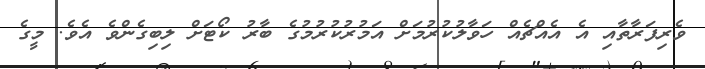
ވެރިފަރާތާއި އެ އެއްޗެއް ހަވާލުކުރުމަށް އަމުރުކުރުމުގެ ބާރު ކޯޓަށް ލިބިގެންވެ އެވެ. މީގެ